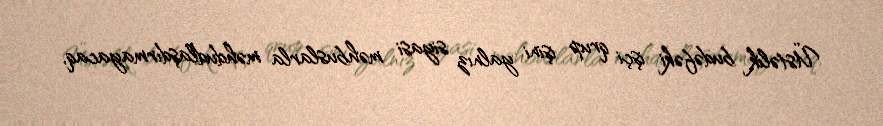
Üstəlik budəfəki işçi qrup işini yalnız siyasi məhbuslarla məhdudlaşdırmayacaq,